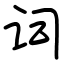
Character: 词